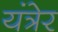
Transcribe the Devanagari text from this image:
यंत्रेर